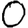
Digit: 0